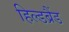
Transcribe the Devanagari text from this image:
हिल्डब्रैंड